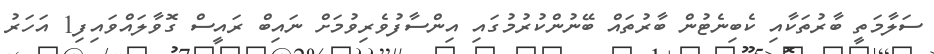
ސަލާމަތީ ބާރުތަކާއި ކެބިނެޓުން ބާރުތައް ބޭނުންކުރުމުގައި އިންސާފުވެރިވުމަށް ނައިބް ރައީސް ގޮވާލައްވައިފި1 އަހަރު